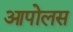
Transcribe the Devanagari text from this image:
आपोलस